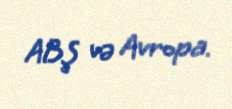
ABŞ və Avropa.